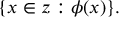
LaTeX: \{ x \in z : \phi ( x ) \} .